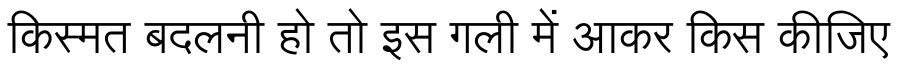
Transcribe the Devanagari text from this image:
किस्मत बदलनी हो तो इस गली में आकर किस कीजिए